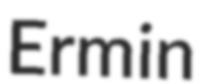
Ermin